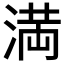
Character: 満